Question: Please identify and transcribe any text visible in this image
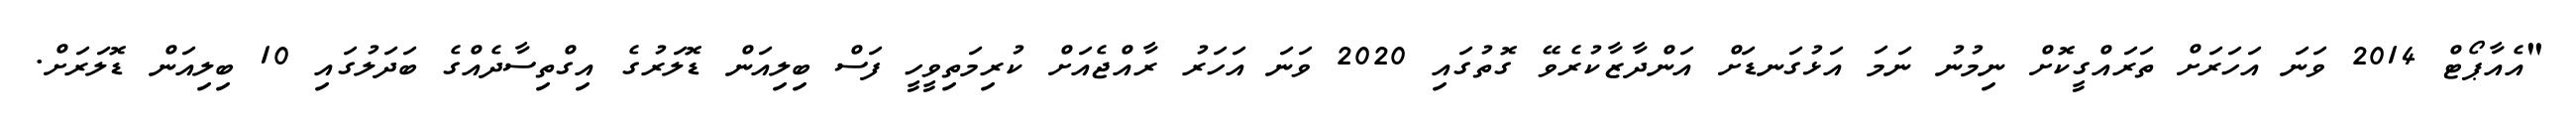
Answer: "އެއާޕޯޓް 2014 ވަނަ އަހަރަށް ތަރައްގީކޮށް ނިމުނު ނަމަ އަޅުގަނޑަށް އަންދާޒާކުރެވޭ ގޮތުގައި 2020 ވަނަ އަހަރު ރާއްޖެއަށް ކުރިމަތިވީހީ ފަސް ބިލިއަން ޑޮލަރުގެ އިގްތިސާދެއްގެ ބަދަލުގައި 10 ބިލިއަން ޑޮލަރަށް.